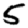
Digit: 5